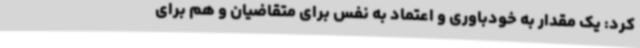
کرد: یک مقدار به خودباوری و اعتماد به نفس برای متقاضیان و هم برای